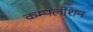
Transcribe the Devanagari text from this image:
कम्पलीशन